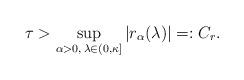
LaTeX: \begin{align*} \tau > \sup_{\alpha>0,\, \lambda\in(0,\kappa]}|r_\alpha(\lambda)|=: C_r. \end{align*}